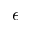
\epsilon